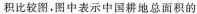
积比较图，图中表示中国耕地总面积的